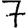
Digit: 7